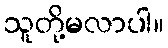
သူတို့မလာပါ။